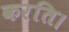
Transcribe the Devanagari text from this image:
करति।